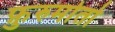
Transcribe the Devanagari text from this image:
फ़ुरुमोतो